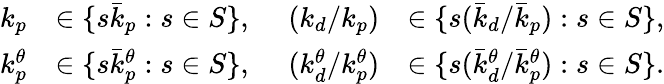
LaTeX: \begin{array}{rlrl}{k_{p}}&{\in\{ s\bar{k}_{p}:s\in S\} ,\ }&{(k_{d}/k_{p})}&{\in\{ s(\bar{k}_{d}/\bar{k}_{p}):s\in S\} ,}\\ {k_{p}^{\theta}}&{\in\{ s\bar{k}_{p}^{\theta}:s\in S\} ,\ }&{(k_{d}^{\theta}/k_{p}^{\theta})}&{\in\{ s(\bar{k}_{d}^{\theta}/\bar{k}_{p}^{\theta}):s\in S\} .}\end{array}